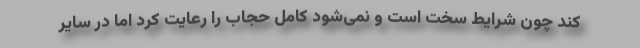
کند چون شرایط سخت است و نمی‌شود کامل حجاب را رعایت کرد اما در سایر